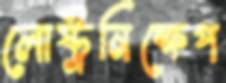
লোষ্ট্রনিক্ষেপ